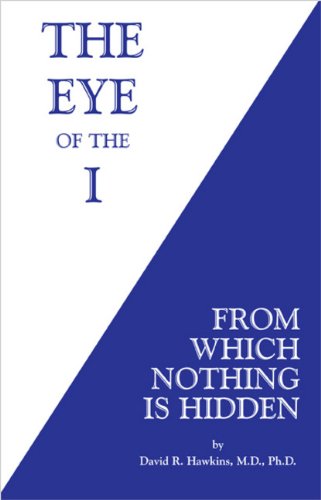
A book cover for The Eye of the I: From Which Nothing is Hidden; David R. Hawkins; Politics & Social Sciences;